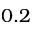
0 . 2